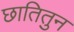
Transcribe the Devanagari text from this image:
छातितुन